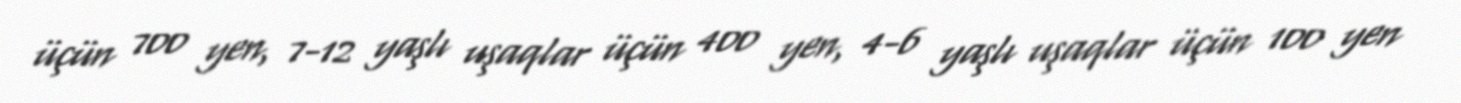
üçün 700 yen, 7-12 yaşlı uşaqlar üçün 400 yen, 4-6 yaşlı uşaqlar üçün 100 yen